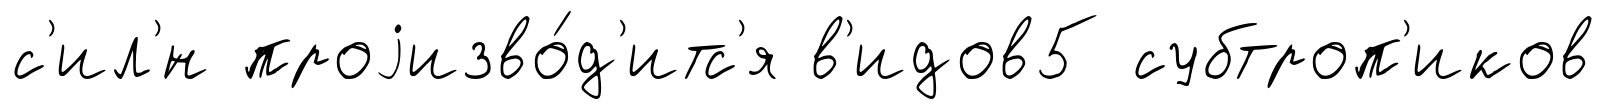
с'ил'́н проjизво́д'итс'я в'идов5 субтроп'иков